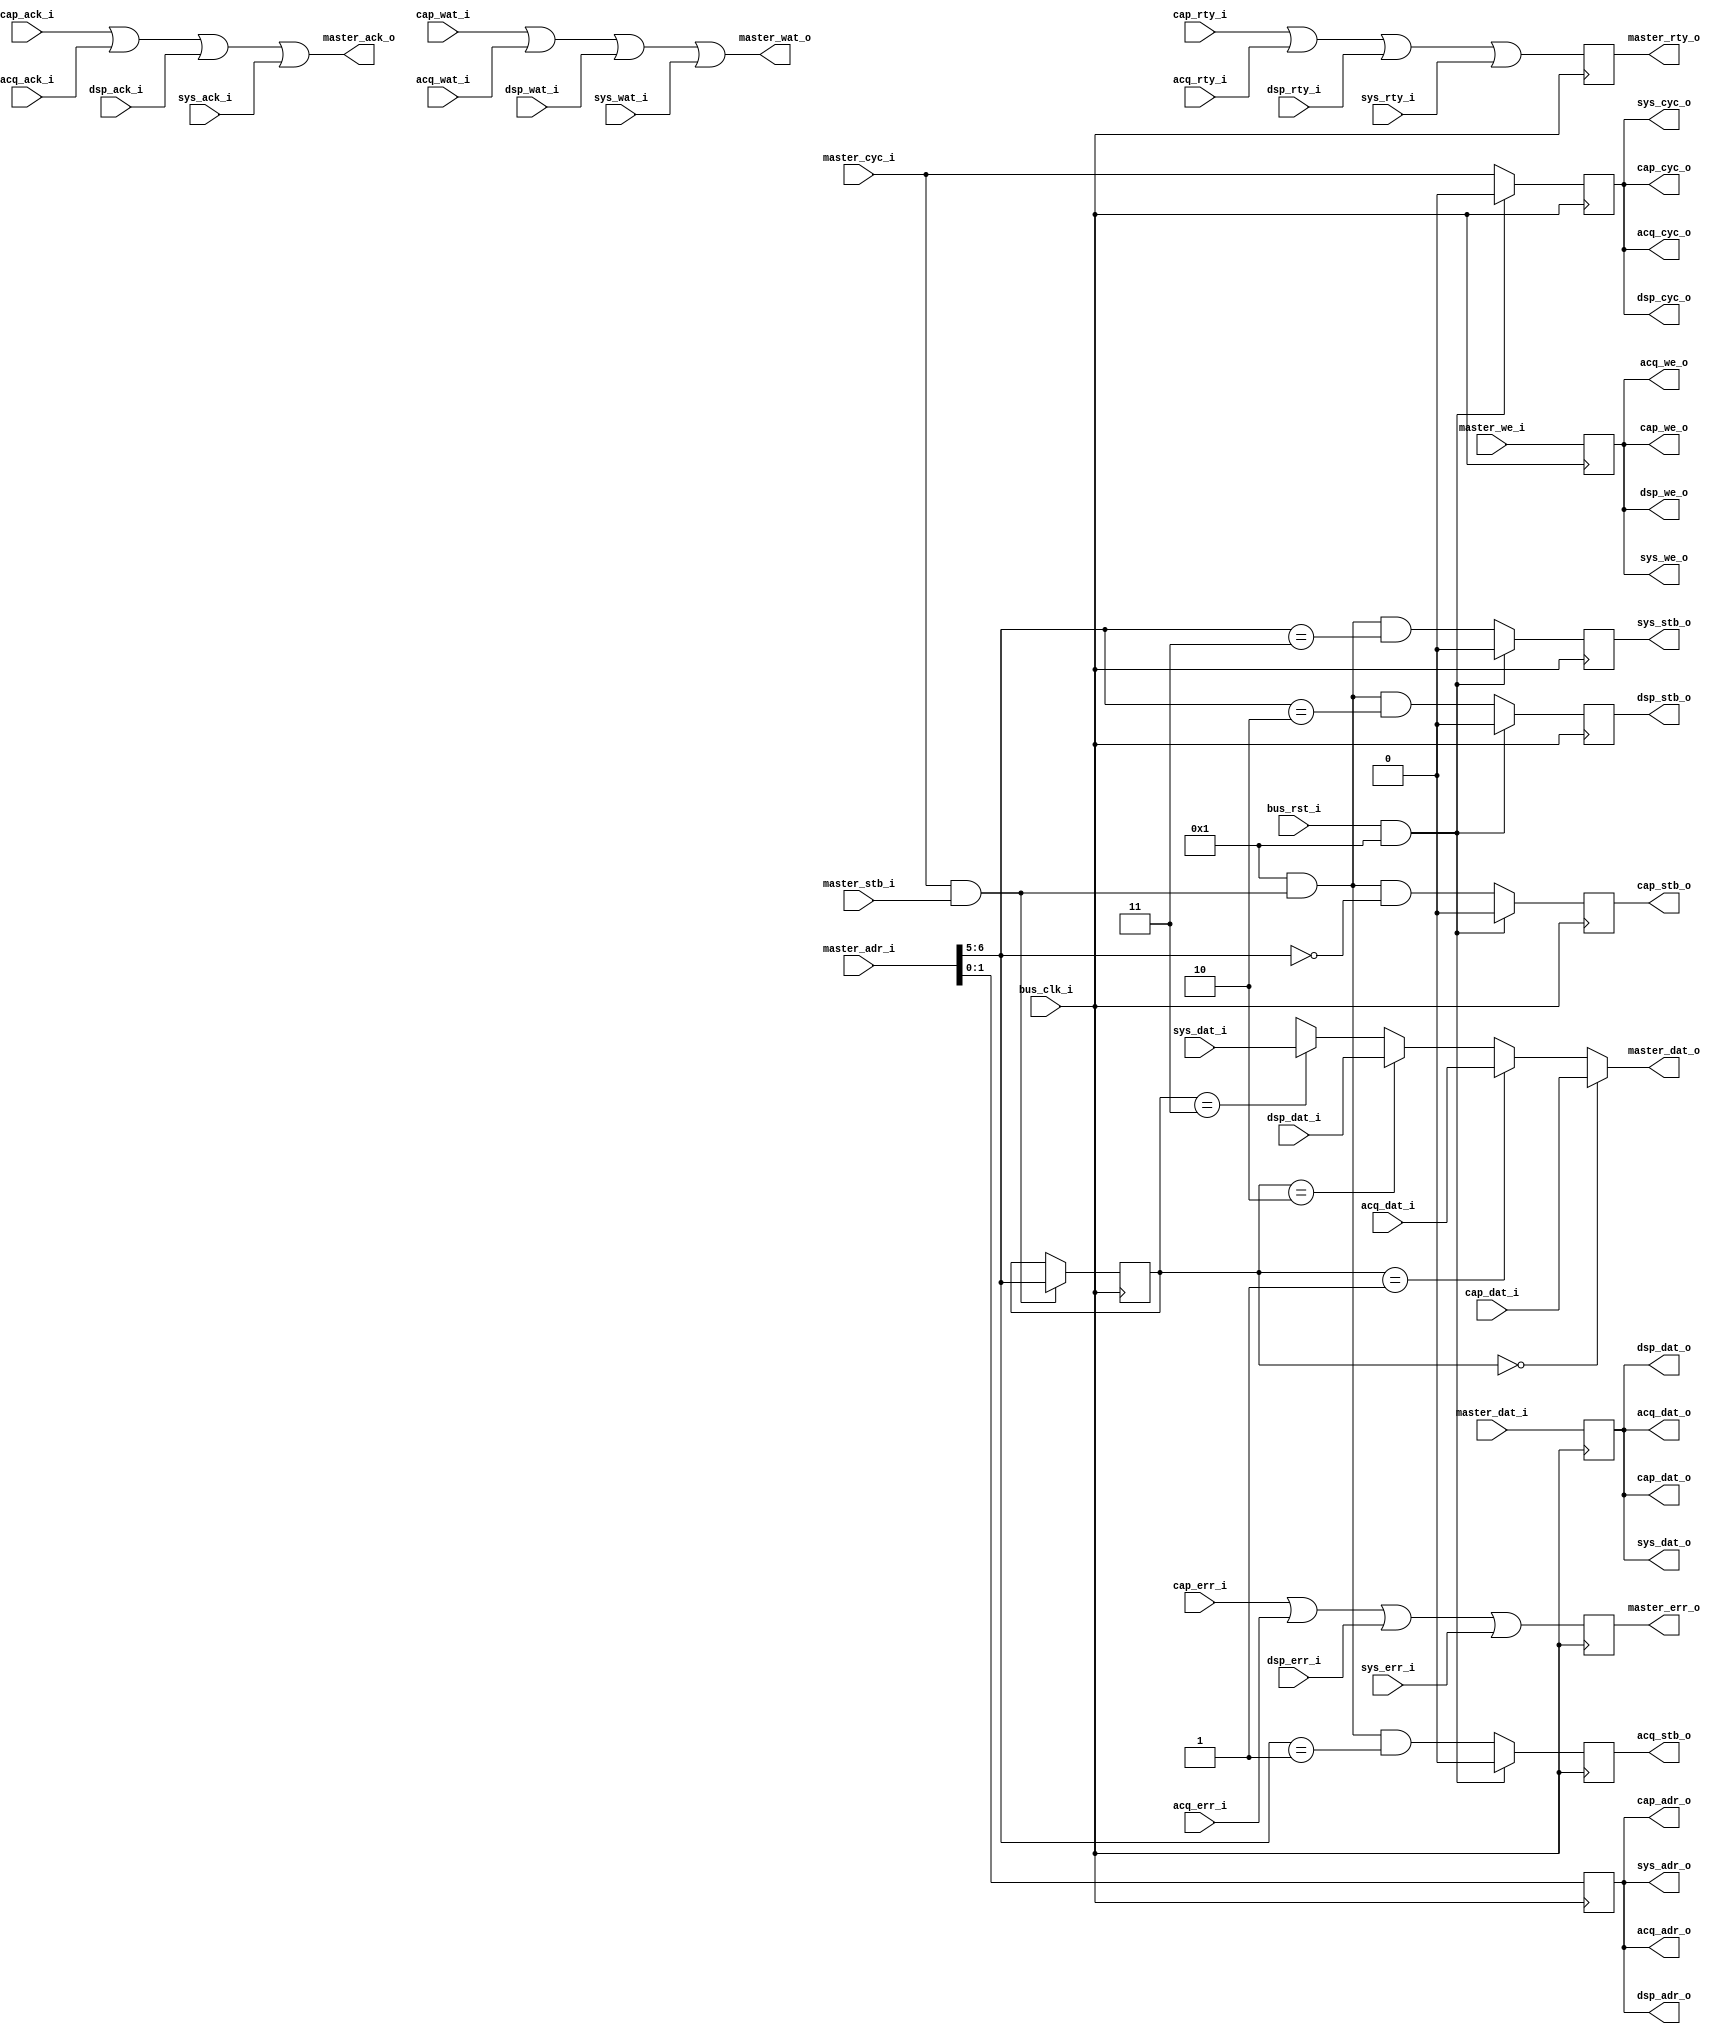
module tart_wishbone
  #(//  Decoder settings:
    parameter XBITS = 2,        // number of MSB's to decode
    parameter XSB   = XBITS-1,  // MSB of decoder-bits
    parameter USB   = 6,        // upper bit for the address-decoder

    //  Capture-unit parameters:
    parameter CAPEN = 1,        // capture-unit enabled (0/1)?
    parameter CAPAD = 0,        // capture address
    parameter CREGS = 4,        // number of capture-unit registers
    parameter CBITS = 2,        // bit-width of capture-register addresses
    parameter CSB   = CBITS-1,  // MSB of capture-register addresses

    //  Acquisition-unit parameters:
    parameter ACQEN = 1,        // acquisition-unit enabled (0/1)?
    parameter ACQAD = 1,        // acquisition address
    parameter AREGS = 4,        // number of acquire-unit registers
    parameter ABITS = 2,        // bit-width of acquire-register addresses
    parameter ASB   = ABITS-1,  // MSB of acquire-register addresses

    //  DSP-unit parameters:
    parameter DSPEN = 1,        // DSP-unit enabled (0/1)?
    parameter DSPAD = 2,        // DSP address
    parameter DREGS = 4,        // number of DSP-unit registers
    parameter DBITS = 2,        // bit-width of DSP-register addresses
    parameter DSB   = DBITS-1,  // MSB of DSP-register addresses

    //  System-unit parameters:
    parameter SYSEN = 1,        // system-unit enabled (0/1)?
    parameter SYSAD = 3,        // system address
    parameter SREGS = 4,        // number of system-unit registers
    parameter SBITS = 2,        // bit-width of system-register addresses
    parameter SSB   = SBITS-1,  // MSB of system-register addresses

    //  Wisbone mode/settings:
    parameter ASYNC = 1,        // combinational (0/1)?
    parameter RESET = 1,        // enable fast-resets (0/1)?
    parameter CHECK = 1,        // bus-signal sanity-checking (0/1)?
    parameter PIPED = 1,        // WB pipelined transfers (0/1)?

    //  Simulation-only parameters:
    parameter NOISY = 0,        // display extra debug info?
    parameter DELAY = 3)        // simulated combinational delay (ns)
   (
    input          bus_clk_i,   // bus clock
    input          bus_rst_i,   // bus-domain reset

    //  SPI/AXI (master) Wishbone (SPEC B4) interconnect:
    input          master_cyc_i,
    input          master_stb_i,
    input          master_we_i,
    output         master_ack_o,
    output         master_wat_o,
    output         master_rty_o,
    output         master_err_o,
    input [6:0]    master_adr_i,
    input [7:0]    master_dat_i,
    output [7:0]   master_dat_o,
    
    //  Capture (slave) Wishbone (SPEC B4) interconnect:
    output         cap_cyc_o,
    output         cap_stb_o,
    output         cap_we_o,
    input          cap_ack_i,
    input          cap_wat_i,
    input          cap_rty_i,
    input          cap_err_i,
    output [CSB:0] cap_adr_o,
    input [7:0]    cap_dat_i,
    output [7:0]   cap_dat_o,
    
    //  Acquisition (slave) Wishbone (SPEC B4) interconnect:
    output         acq_cyc_o,
    output         acq_stb_o,
    output         acq_we_o,
    input          acq_ack_i,
    input          acq_wat_i,
    input          acq_rty_i,
    input          acq_err_i,
    output [ASB:0] acq_adr_o,
    input [7:0]    acq_dat_i,
    output [7:0]   acq_dat_o,
    
    //  DSP (slave) Wishbone (SPEC B4) interconnect:
    output         dsp_cyc_o,
    output         dsp_stb_o,
    output         dsp_we_o,
    input          dsp_ack_i,
    input          dsp_wat_i,
    input          dsp_rty_i,
    input          dsp_err_i,
    output [ASB:0] dsp_adr_o,
    input [7:0]    dsp_dat_i,
    output [7:0]   dsp_dat_o,
    
    //  System (slave) Wishbone (SPEC B4) interconnect:
    output         sys_cyc_o,
    output         sys_stb_o,
    output         sys_we_o,
    input          sys_ack_i,
    input          sys_wat_i,
    input          sys_rty_i,
    input          sys_err_i,
    output [SSB:0] sys_adr_o,
    input [7:0]    sys_dat_i,
    output [7:0]   sys_dat_o
    );


   //-------------------------------------------------------------------------
   //  Internal signals and (optional, pipeline) registers.
   reg             bus_ack_r, bus_rty_r, bus_err_r;
   wire            bus_ack_w, bus_wat_w, bus_rty_w, bus_err_w;
   wire [7:0]      bus_dat_w, mux_dat_w;

   wire            master_cyc_w, master_stb_w;
   wire [XSB:0]    dec_adr_w;
   wire            cap_sel_w, acq_sel_w, dsp_sel_w, sys_sel_w;

   wire            cap_stb_w, acq_stb_w, dsp_stb_w, sys_stb_w;
   wire            cap_ack_w, acq_ack_w, dsp_ack_w, sys_ack_w;
   wire            cap_wat_w, acq_wat_w, dsp_wat_w, sys_wat_w;

   //-------------------------------------------------------------------------
   //  Pipeline registers (optional).
   reg             bus_cyc_r, bus_we_r;
   wire            bus_cyc_w, bus_we_w;
   wire [6:0]      bus_adr_w;
   reg [6:0]       bus_adr_r;
   reg [7:0]       bus_dat_r, mux_dat_r;
   reg             cap_stb_r, acq_stb_r, dsp_stb_r, sys_stb_r;
   reg [XSB:0]     mux_sel_r;


   //-------------------------------------------------------------------------
   //  Compute the device selects/strobes.
   //-------------------------------------------------------------------------
   assign cap_sel_w = CAPEN && master_stb_w && dec_adr_w == CAPAD;
   assign acq_sel_w = ACQEN && master_stb_w && dec_adr_w == ACQAD;
   assign dsp_sel_w = DSPEN && master_stb_w && dec_adr_w == DSPAD;
   assign sys_sel_w = SYSEN && master_stb_w && dec_adr_w == SYSAD;

   assign cap_stb_w = ASYNC == 2 ? cap_sel_w : cap_stb_r;
   assign acq_stb_w = ASYNC == 2 ? acq_sel_w : acq_stb_r;
   assign dsp_stb_w = ASYNC == 2 ? dsp_sel_w : dsp_stb_r;
   assign sys_stb_w = ASYNC == 2 ? sys_sel_w : sys_stb_r;


   //-------------------------------------------------------------------------
   //  Master-device routing.
   //-------------------------------------------------------------------------
   assign master_cyc_w = CHECK ? master_cyc_i : 1'b1;
   assign master_stb_w = master_cyc_w && master_stb_i;

   //  Route the responses back to the Wishbone master (the SPI unit).
   //  NOTE: Bus wait-state requests ('WAT_O == 1') can't be pipelined, so
   //    these are upgraded to retry ('RTY_O == 1') responses.
   assign master_ack_o = ASYNC ? bus_ack_w : bus_ack_r;
   assign master_wat_o = ASYNC ? bus_wat_w : 1'b0; // TODO: has to be ASYNC?
   assign master_rty_o = bus_rty_r;
   assign master_err_o = bus_err_r;
   assign master_dat_o = ASYNC ? mux_dat_w : mux_dat_r;

   //  Extract the address-decoder bits.
   assign dec_adr_w = master_adr_i[USB:USB-XSB];


   //-------------------------------------------------------------------------
   //  Slave-device routing.
   //-------------------------------------------------------------------------
   assign bus_cyc_w = ASYNC == 2 ? master_cyc_w : bus_cyc_r;
   assign bus_we_w  = ASYNC == 2 ? master_we_i  : bus_we_r ;
   assign bus_adr_w = ASYNC == 2 ? master_adr_i : bus_adr_r;
   assign bus_dat_w = ASYNC == 2 ? master_dat_i : bus_dat_r;

   //  And the slaves responses.
   assign bus_ack_w = cap_ack_i || acq_ack_i || dsp_ack_i || sys_ack_i;
   assign bus_wat_w = cap_wat_i || acq_wat_i || dsp_wat_i || sys_wat_i;
   assign bus_rty_w = cap_rty_i || acq_rty_i || dsp_rty_i || sys_rty_i ||
                      ASYNC == 0 && bus_wat_w;
   assign bus_err_w = cap_err_i || acq_err_i || dsp_err_i || sys_err_i;

   //-------------------------------------------------------------------------
   //  Connect the SPI unit to the system-control unit.
   assign cap_cyc_o = CAPEN ? bus_cyc_w : 1'b0;
   assign cap_stb_o = cap_stb_w;
   assign cap_we_o  = bus_we_w;
   assign cap_adr_o = bus_adr_w[CSB:0];
   assign cap_dat_o = bus_dat_w;

   //-------------------------------------------------------------------------
   //  Connect the SPI unit to the system-control unit.
   assign acq_cyc_o = ACQEN ? bus_cyc_w : 1'b0;
   assign acq_stb_o = acq_stb_w;
   assign acq_we_o  = bus_we_w;
   assign acq_adr_o = bus_adr_w[ASB:0];
   assign acq_dat_o = bus_dat_w;

   //-------------------------------------------------------------------------
   //  Connect the SPI unit to the system-control unit.
   assign dsp_cyc_o = DSPEN ? bus_cyc_w : 1'b0;
   assign dsp_stb_o = dsp_stb_w;
   assign dsp_we_o  = bus_we_w;
   assign dsp_adr_o = bus_adr_w[DSB:0];
   assign dsp_dat_o = bus_dat_w;

   //-------------------------------------------------------------------------
   //  Connect the SPI unit to the system-control unit.
   assign sys_cyc_o = SYSEN ? bus_cyc_w : 1'b0;
   assign sys_stb_o = sys_stb_w;
   assign sys_we_o  = bus_we_w;
   assign sys_adr_o = bus_adr_w[SSB:0];
   assign sys_dat_o = bus_dat_w;


   //-------------------------------------------------------------------------
   //  Output-data, 4:1 MUX.
   //-------------------------------------------------------------------------
   assign mux_dat_w = mux_sel_r == CAPAD ? cap_dat_i :
                      mux_sel_r == ACQAD ? acq_dat_i :
                      mux_sel_r == DSPAD ? dsp_dat_i :
                      mux_sel_r == SYSAD ? sys_dat_i : 8'bx ;


   //-------------------------------------------------------------------------
   //  Pipeline-register logic, allowing for shorter combinational delays.
   //-------------------------------------------------------------------------
   //  Pipeline the master's control-signals.
   always @(posedge bus_clk_i)
     if (bus_rst_i && RESET) begin
        bus_cyc_r <= #DELAY 1'b0;
        cap_stb_r <= #DELAY 1'b0;
        acq_stb_r <= #DELAY 1'b0;
        dsp_stb_r <= #DELAY 1'b0;
        sys_stb_r <= #DELAY 1'b0;
     end
     else begin
        bus_cyc_r <= #DELAY master_cyc_w;
        cap_stb_r <= #DELAY cap_sel_w;
        acq_stb_r <= #DELAY acq_sel_w;
        dsp_stb_r <= #DELAY dsp_sel_w;
        sys_stb_r <= #DELAY sys_sel_w;
     end

   //-------------------------------------------------------------------------
   //  Pipeline the address and data signals.
   always @(posedge bus_clk_i)
     begin
        bus_we_r  <= #DELAY master_we_i;
        bus_adr_r <= #DELAY master_adr_i;
        bus_dat_r <= #DELAY master_dat_i;
        mux_dat_r <= #DELAY mux_dat_w;
     end

   //-------------------------------------------------------------------------
   //  Keep track of the selected unit.
   always @(posedge bus_clk_i)
     mux_sel_r <= #DELAY master_stb_w ? dec_adr_w : mux_sel_r;


   //-------------------------------------------------------------------------
   //  Register the slaves' responses.
   //-------------------------------------------------------------------------
   always @(posedge bus_clk_i)
     bus_ack_r <= #DELAY bus_ack_w;

   //-------------------------------------------------------------------------
   //  Always pipeline "slow" signals.
   always @(posedge bus_clk_i)
     {bus_err_r, bus_rty_r} <= #DELAY {bus_err_w, bus_rty_w};


endmodule